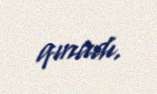
qınadı.